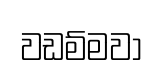
වඩම්මවා